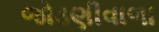
જોડણીવાળા